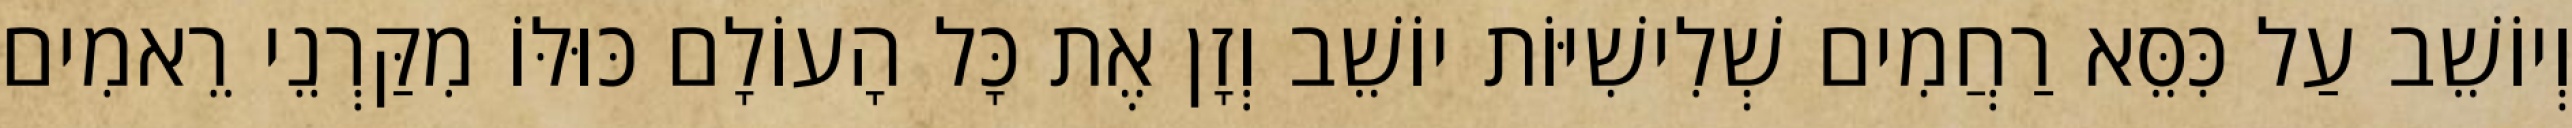
וְיוֹשֵׁב עַל כִּסֵּא רַחֲמִים שְׁלִישִׁיּוֹת יוֹשֵׁב וְזָן אֶת כָּל הָעוֹלָם כּוּלּוֹ מִקַּרְנֵי רֵאמִים